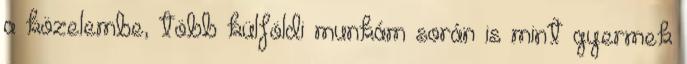
a közelembe, több külföldi munkám során is mint gyermek